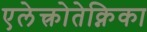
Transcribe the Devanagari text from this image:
एलेक्त्रोतेक्निका